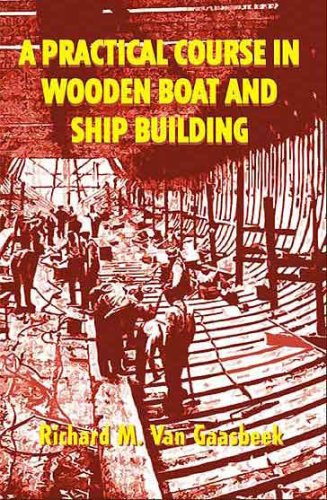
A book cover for A Practical Course in Wooden Boat and Ship Building; Richard M Van Gaasbeek; Arts & Photography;